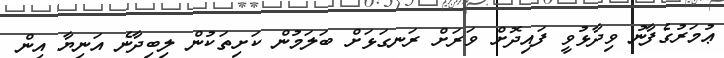
ޢުމަރުގެފާނު ވިދާޅުވީ ފައިދޮށް ވަރަށް ރަނގަޅަށް ބަލަމުން ކަށިތަކުން ލިބިދާނެ އަނިޔާ އިން